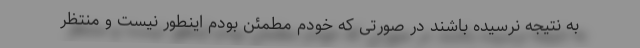
به نتیجه نرسیده باشند در صورتی که خودم مطمئن بودم اینطور نیست و منتظر